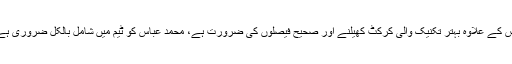
اس کے علاوہ بہتر تکنیک والی کرکٹ کھیلنے اور صحیح فیصلوں کی ضرورت ہے، محمد عباس کو ٹیم میں شامل بالکل ضروری ہے۔